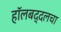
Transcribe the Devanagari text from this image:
हॉलबद्दलचा